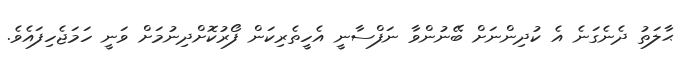
ޙާލަތު ދެނެގަނެ އެ ކުދިންނަށް ބޭނުންވާ ނަފްސާނީ އެހީތެރިކަން ފޯރުކޮށްދިނުމަށް ވަނީ ހަމަޖެހިފައެވެ.